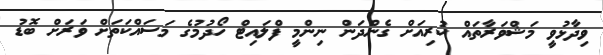
ވިދާޅުވީ މަޝްވަރާތައް ކުރިއަށް ގެންދަން ނިންމީ ފްލައިޓް ހޯދުމުގެ މަސައްކަތަށް ވަރަށް ބޮޑު